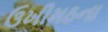
ઉખીમઠના